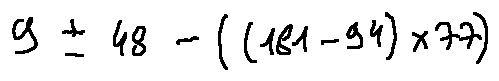
9 \pm 4 8 - ( ( 1 8 1 - 9 4 ) \times 7 7 )